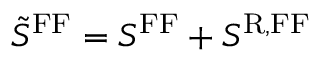
\tilde { S } ^ { \mathrm { F F } } = S ^ { \mathrm { F F } } + S ^ { \mathrm { R , F F } }